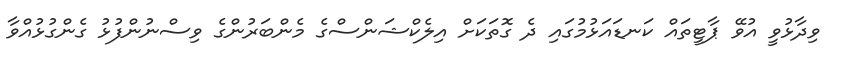
ވިދާޅުވީ އުވޭ ޕާޓީތައް ކަނޑައަޅުމުގައި ދެ ގޮތަކަށް އިލެކްޝަންސްގެ މެންބަރުންގެ ވިސްނުންފުޅު ގެންގުޅުއްވާ